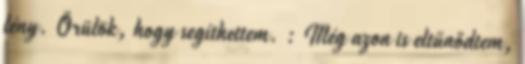
lény. Örülök, hogy segíthettem. : Még azon is eltűnődtem,